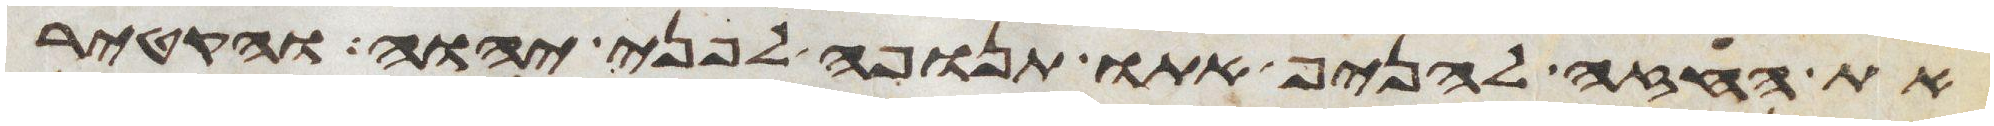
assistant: את החזה להניף אתו תנופה לפני יהוה והקטיר